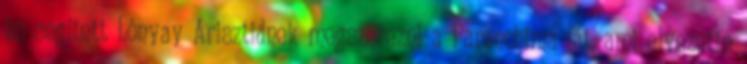
és segített Lónyay Arisztidnek megszerezni a Parenchima-fát, ami elvezette